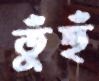
তুঁহুঁ